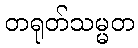
တရုတ်သမ္မတ